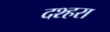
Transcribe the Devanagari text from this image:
दश्हरा